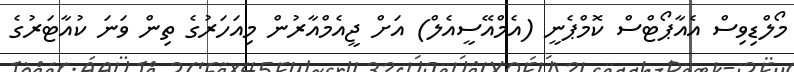
މޯލްޑިވިސް އެއާޕޯޓްސް ކޮމްޕެނީ (އެމްއޭސީއެލް) އަށް ޖީއެމްއާރުން މިއަހަރުގެ ތިން ވަނަ ކުއާޓަރުގެ